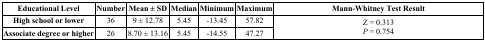
<table><thead><tr><td><b>Educational Level</b></td><td><b>Number</b></td><td><b>Mean ± SD</b></td><td><b>Median</b></td><td><b>Minimum</b></td><td><b>Maximum</b></td><td><b>Mann-Whitney Test Result</b></td></tr></thead><tbody><tr><td><b>High school or lower</b></td><td>36</td><td>9 ± 12.78</td><td>5.45</td><td>-13.45</td><td>57.82</td><td rowspan="2">Z = 0.313<i>P</i> = 0.754</td></tr><tr><td><b>Associate degree or higher</b></td><td>26</td><td>8.70 ± 13.16</td><td>5.45</td><td>-14.55</td><td>47.27</td></tr></tbody></table>